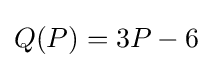
Q(P)=3P-6